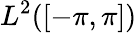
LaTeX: L^{2}(\left[-\pi,\pi\right])